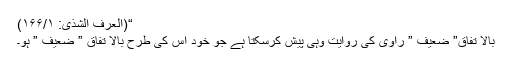
“(العرف الشذی: ۱۶۶/۱)
بالا تفاق” ضعیف ” راوی کی روایت وہی پیش کرسکتا ہے جو خود اس کی طرح بالا تفاق ” ضعیف ” ہو۔